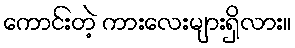
ကောင်းတဲ့ ကားလေးများရှိလား။